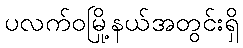
ပလက်ဝမြို့နယ်အတွင်းရှိ